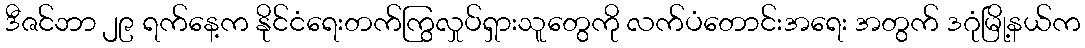
ဒီဇင်ဘာ ၂၉ ရက်နေ့က နိုင်ငံရေးတက်ကြွလှုပ်ရှားသူတွေကို လက်ပံတောင်းအရေး အတွက် ဒဂုံမြို့နယ်က